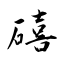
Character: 礂